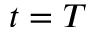
t = T